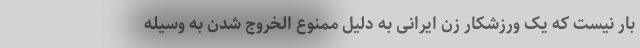
بار نیست که یک ورزشکار زن ایرانی به دلیل ممنوع الخروج شدن به وسیله